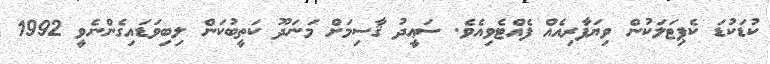
ކުޑަކުޑަ ކެޕިޓަލަކުން ވިޔަފާރިއެއް ފެއްޓެވިއެވެ. ސަޢީދު ޤާސިމަށް މަނަދޫ ކަތީބުކަން ލިބިވަޑައިގެންނެވީ 1992